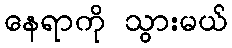
နေရာကို သွားမယ်